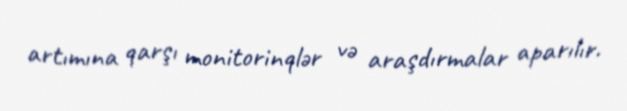
artımına qarşı monitorinqlər və araşdırmalar aparılır.